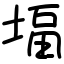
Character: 堛